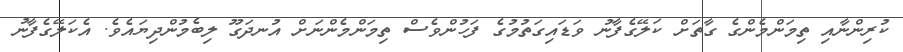
ކުރިންނާއި ތިމަންމެންގެ ގާތަށް ކަލޭގެފާނު ވަޑައިގަތުމުގެ ފަހުންވެސް ތިމަންމެންނަށް އުނދަގޫ ލިބެމުންދިޔައެވެ. އެކަލޭގެފާނު